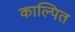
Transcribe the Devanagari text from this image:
काल्पित